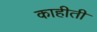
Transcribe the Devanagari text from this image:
काहीती